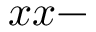
x x -